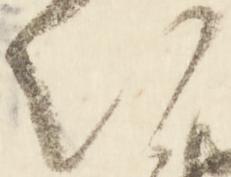
次